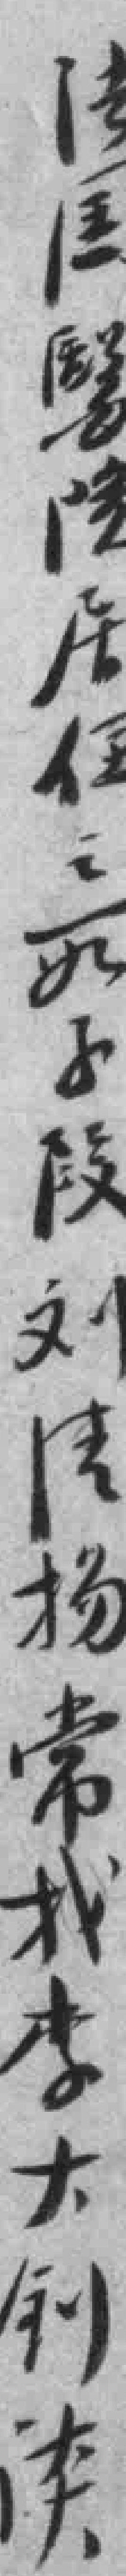
法国醫院居住之一如子段刘清扬常找李大釗谈